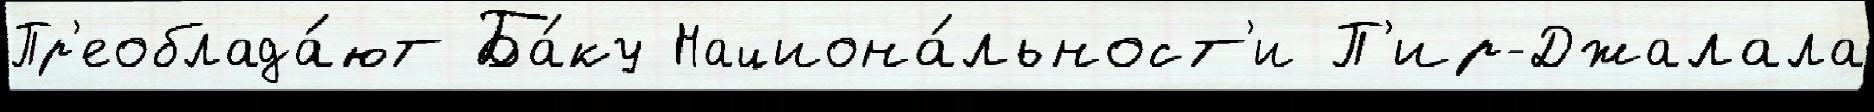
Пр'еоблада́ют Ба́ку Национа́льност'и П'ир-Джалала